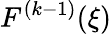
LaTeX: F^{(k-1)}(\xi)